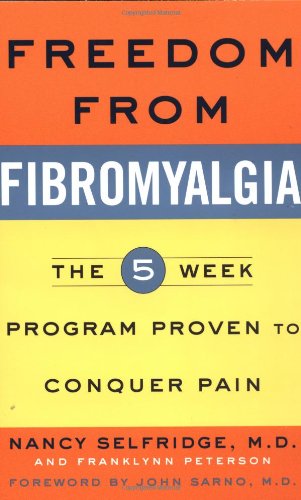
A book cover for Freedom from Fibromyalgia : The 5-Week Program Proven to Conquer Pain; Nancy Selfridge; Health, Fitness & Dieting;